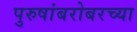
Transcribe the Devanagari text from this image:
पुरुषांबरोबरच्या